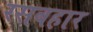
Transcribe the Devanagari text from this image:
रसबहार